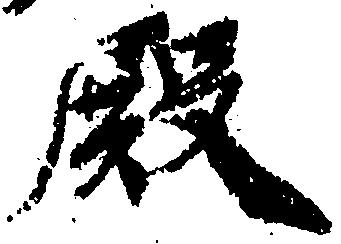
殿